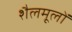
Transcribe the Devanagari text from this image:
शैलमूलों